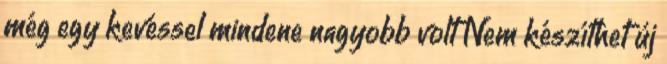
még egy kevéssel mindene nagyobb volt Nem készíthet új